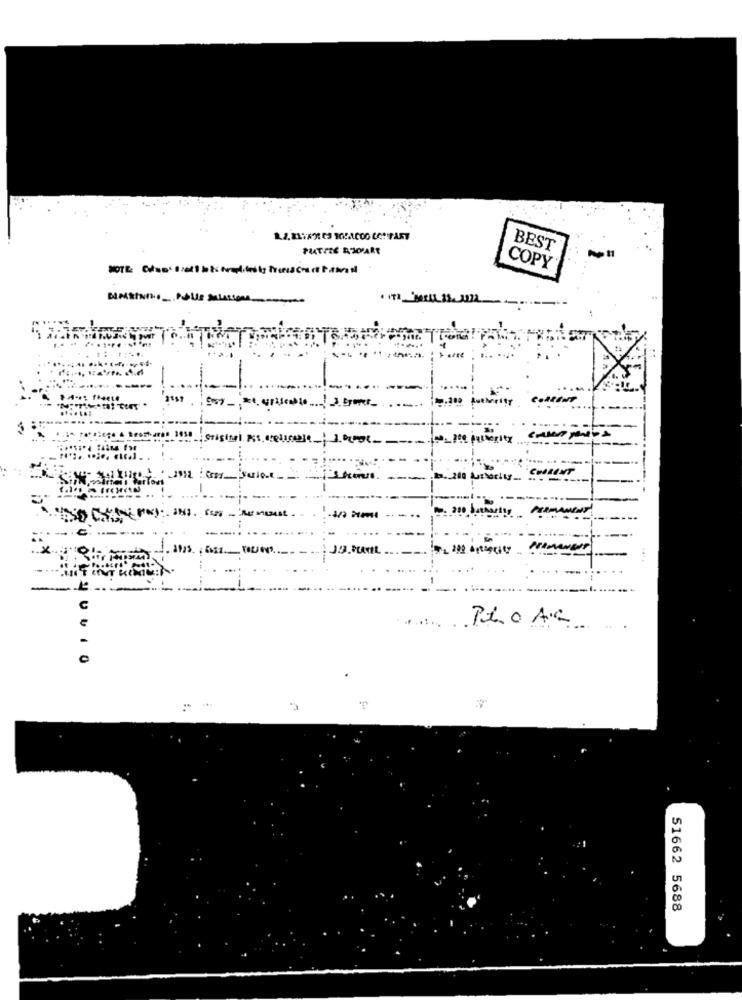
BEST
COPY
200
Pho As
0
51662 5688